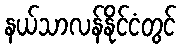
နယ်သာလန်နိုင်ငံတွင်